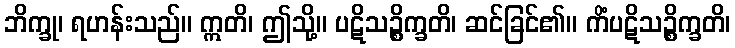
ဘိက္ခု၊ ရဟန်းသည်။ ဣတိ၊ ဤသို့။ ပဋိသဉ္စိက္ခတိ၊ ဆင်ခြင်၏။ ကိံပဋိသဉ္စိက္ခတိ၊